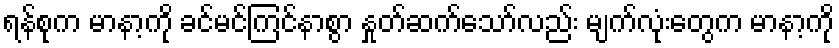
ရန်စုက မာနာ့ကို ခင်မင်ကြင်နာစွာ နှုတ်ဆက်သော်လည်း မျက်လုံးတွေက မာနာ့ကို